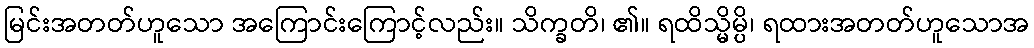
မြင်းအတတ်ဟူသော အကြောင်းကြောင့်လည်း။ သိက္ခတိ၊ ၏။ ရထိသ္မိမ္ပိ၊ ရထားအတတ်ဟူသောအ